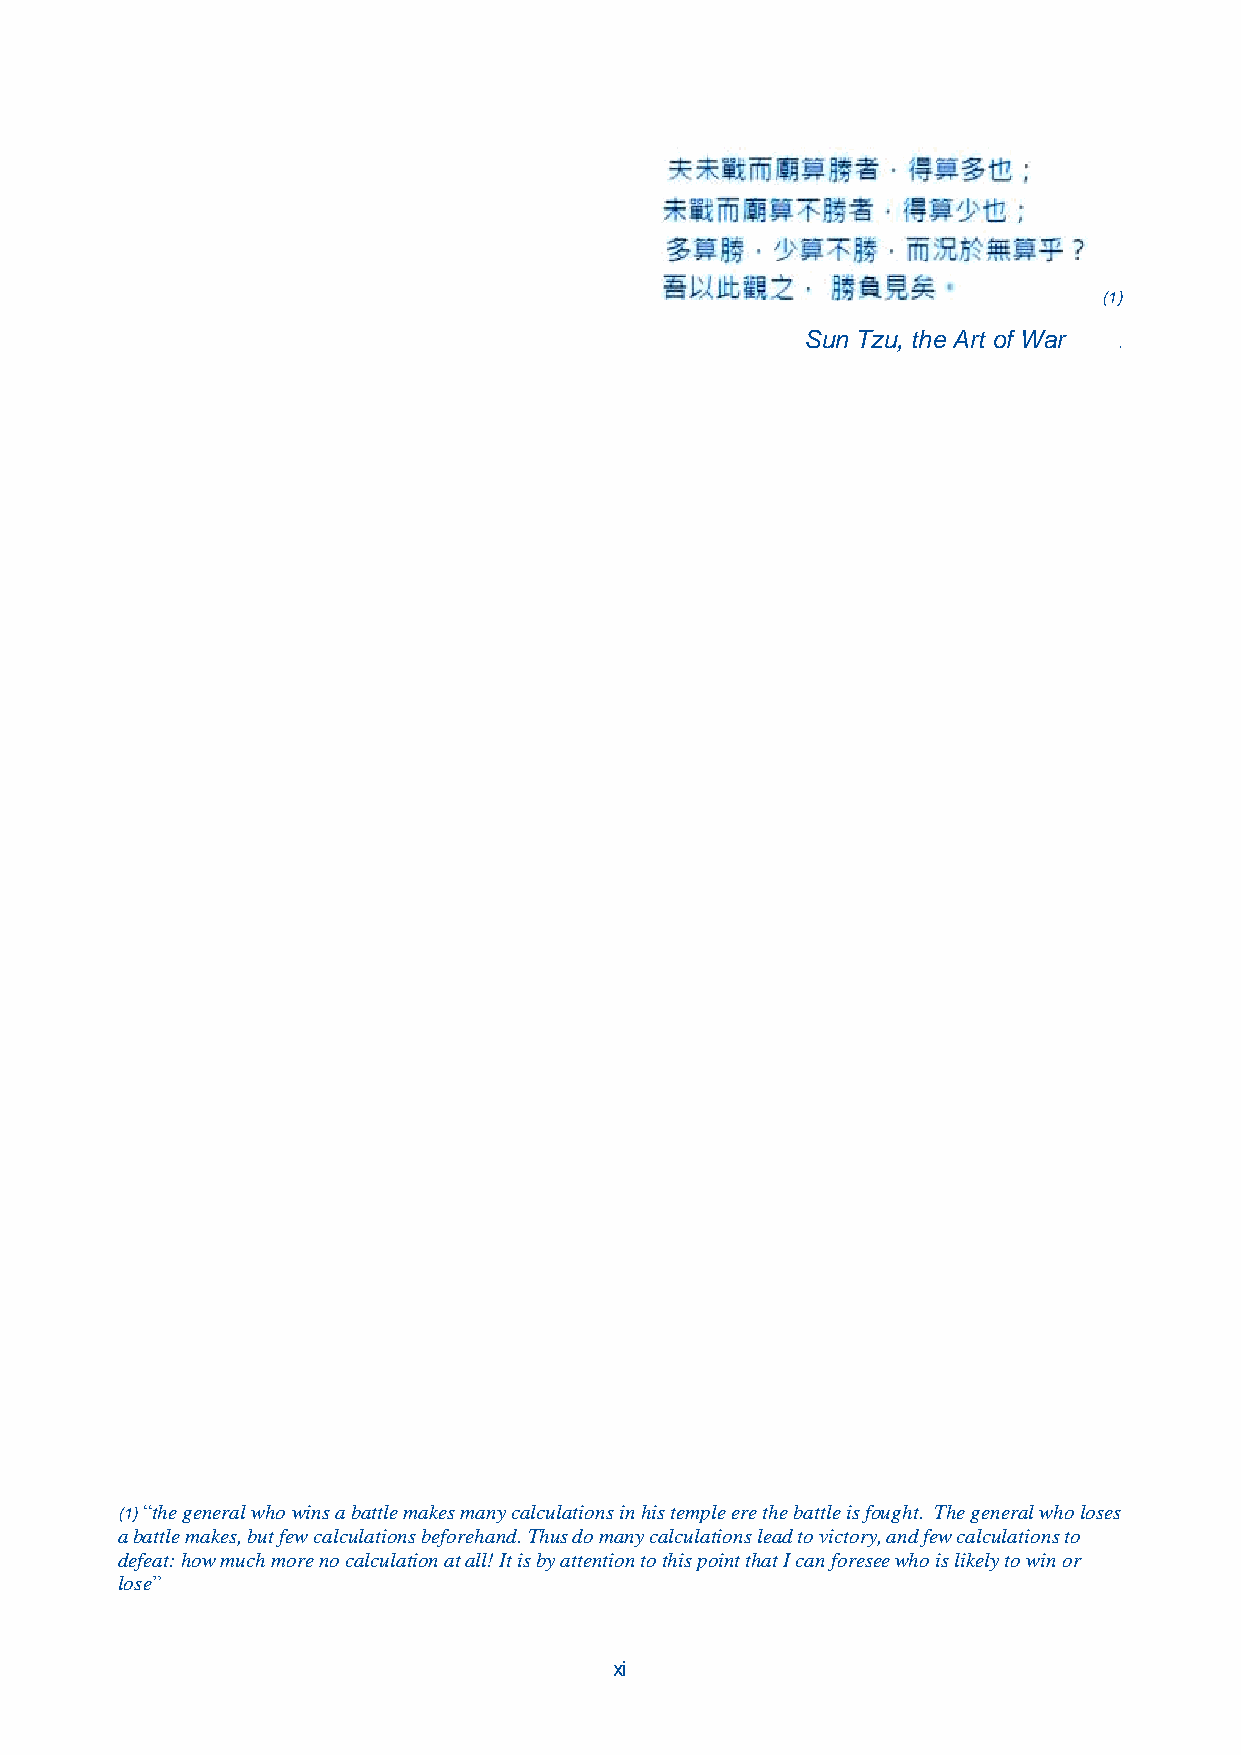
(1)
 Sun Tzu, the Art of War
 .
 (1) “the general who wins a battle makes many calculations in his temple ere the battle is fought. The general who loses
 a battle makes, but few calculations beforehand. Thus do many calculations lead to victory, and few calculations to
 defeat: how much more no calculation at all! It is by attention to this point that I can foresee who is likely to win or
 lose”
 xi